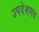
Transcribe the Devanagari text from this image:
उपदेशमय